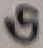
Text: G